Bombay plague: being a history of the progress of plague in the Bombay presidency from September 1896 to June 1899
Year: 1896
Disease focus: Plague
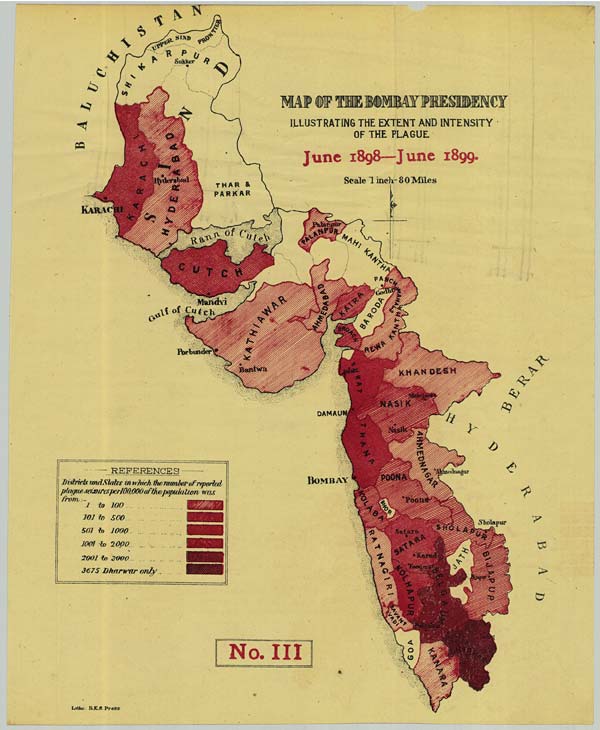
No. III
Litho: B.E.S. Press.